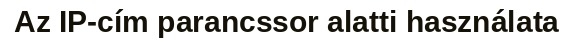
Az IP-cím parancssor alatti használata